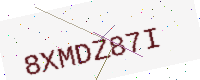
Text: 8XMDZ87I